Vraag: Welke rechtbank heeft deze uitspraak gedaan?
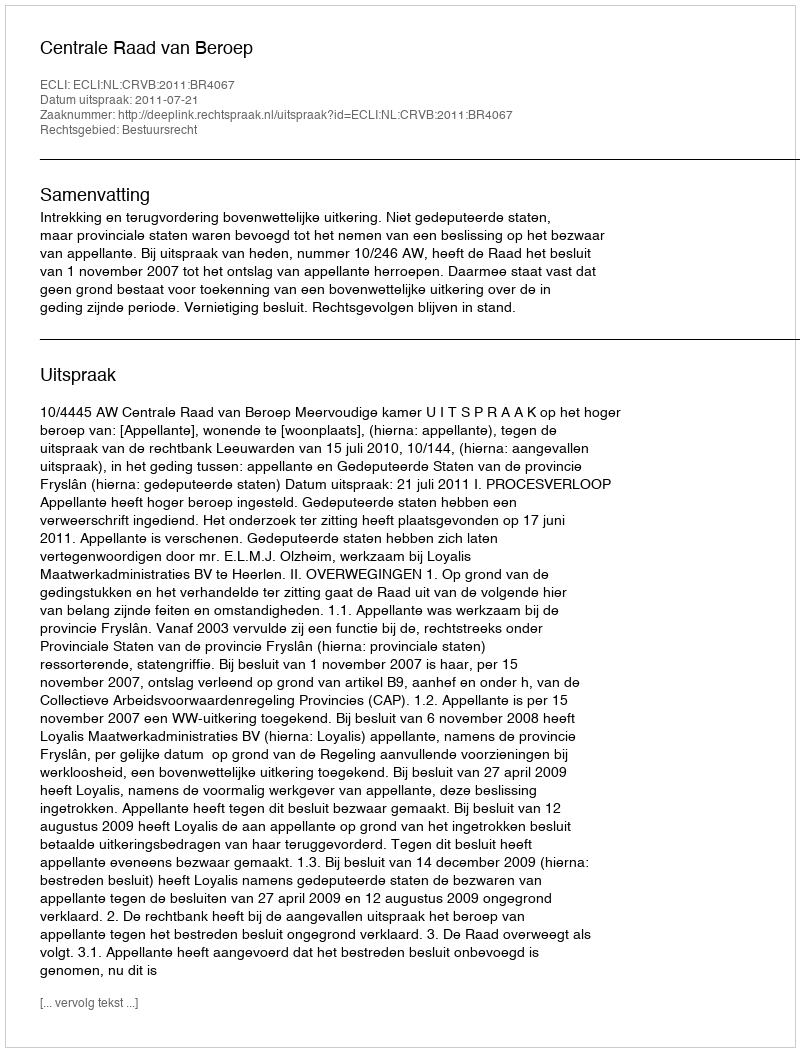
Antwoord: Centrale Raad van Beroep